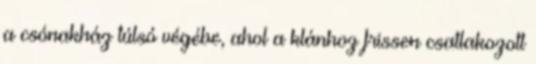
a csónakház túlsó végébe, ahol a klánhoz frissen csatlakozott